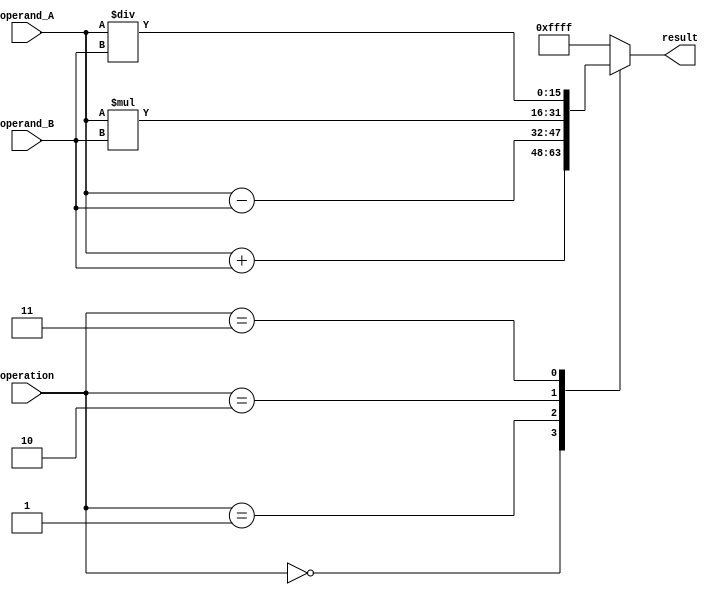
module half_precision_float_unit (
    input [15:0] operand_A,
    input [15:0] operand_B,
    input [2:0] operation, // 0: addition, 1: subtraction, 2: multiplication, 3: division
    output reg [15:0] result
);

reg [15:0] add_result;
reg [15:0] sub_result;
reg [15:0] mul_result;
reg [15:0] div_result;

always @* begin
    case(operation)
        0: begin // Addition
            add_result = operand_A + operand_B;
            result = add_result;
        end
        1: begin // Subtraction
            sub_result = operand_A - operand_B;
            result = sub_result;
        end
        2: begin // Multiplication
            mul_result = operand_A * operand_B;
            result = mul_result;
        end
        3: begin // Division
            div_result = operand_A / operand_B;
            result = div_result;
        end
        default: begin
            result = 16'hFFFF; // NaN
        end
    endcase
end

endmodule